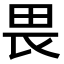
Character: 畏